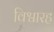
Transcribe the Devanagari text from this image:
विश्वारह